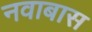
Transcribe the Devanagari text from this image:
नवाबास